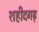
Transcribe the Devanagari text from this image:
शहीदगढ़